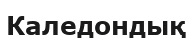
Каледондық